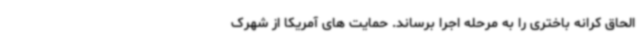
الحاق کرانه باختری را به مرحله اجرا برساند. حمایت های آمریکا از شهرک‌